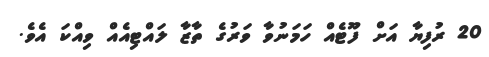
20 ރުފިޔާ އަށް ފޫޓެއް ހަމަނުވާ ވަރުގެ ތާޒާ ލައްޓިއެއް ވިއްކަ އެވެ.